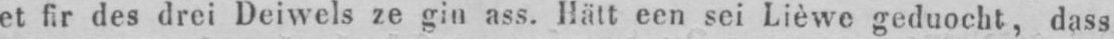
et fir des drei Deiwels ze gin ass. Hätt een sei Lièwe geduocht, dass